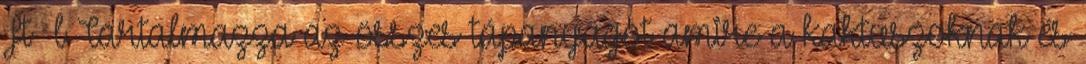
Ft l Tartalmazza az összes tápanyagot amire a kaktuszoknak és